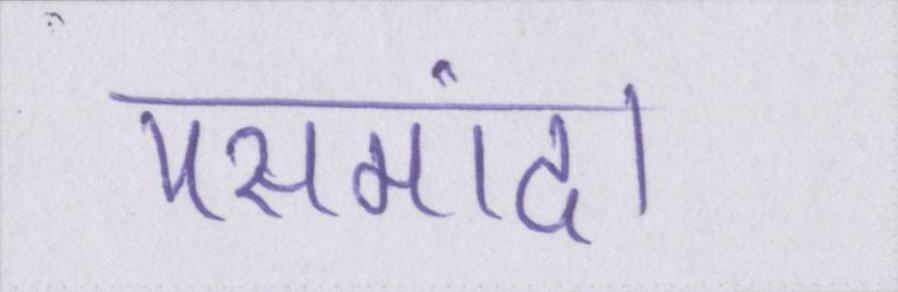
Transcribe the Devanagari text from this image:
पसमांदा